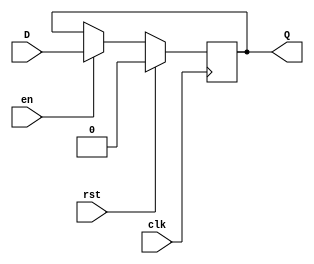
module d_ff_en(Q,D,clk,rst,en);
	input wire D,clk,rst,en ;
	output reg Q;
	
	always@(posedge clk)
		if(rst)
			Q <= 1'b0 ;
		else if(en)
			Q <= D ;
endmodule 
// used for gated clock signals
// if clk = 50 Hz and you want 1 Hz, activate enable onece every 50 clock cycles ,